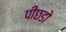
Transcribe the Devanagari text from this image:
पीछडो